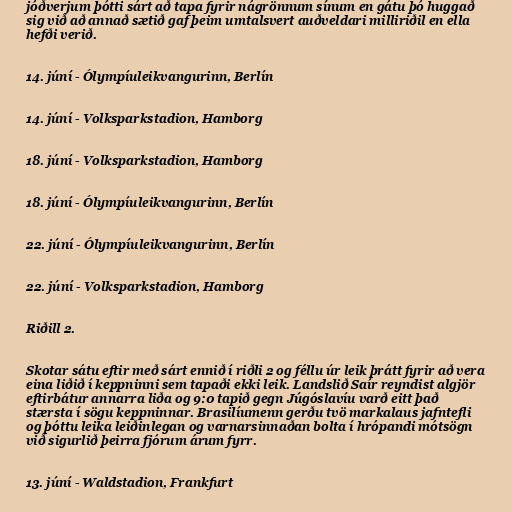
jóðverjum þótti sárt að tapa fyrir nágrönnum sínum en gátu þó huggað
sig við að annað sætið gaf þeim umtalsvert auðveldari milliriðil en ella
hefði verið.

14. júní - Ólympíuleikvangurinn, Berlín

14. júní - Volksparkstadion, Hamborg

18. júní - Volksparkstadion, Hamborg

18. júní - Ólympíuleikvangurinn, Berlín

22. júní - Ólympíuleikvangurinn, Berlín

22. júní - Volksparkstadion, Hamborg

Riðill 2.

Skotar sátu eftir með sárt ennið í riðli 2 og féllu úr leik þrátt fyrir að vera
eina liðið í keppninni sem tapaði ekki leik. Landslið Saír reyndist algjör
eftirbátur annarra liða og 9:0 tapið gegn Júgóslavíu varð eitt það
stærsta í sögu keppninnar. Brasilíumenn gerðu tvö markalaus jafntefli
og þóttu leika leiðinlegan og varnarsinnaðan bolta í hrópandi mótsögn
við sigurlið þeirra fjórum árum fyrr.

13. júní - Waldstadion, Frankfurt